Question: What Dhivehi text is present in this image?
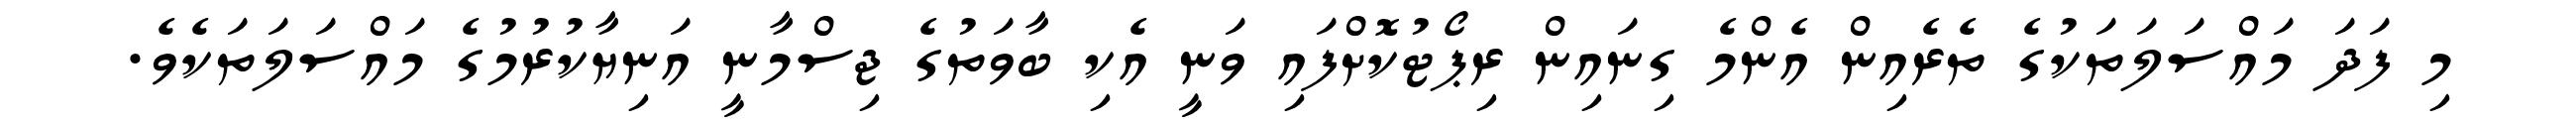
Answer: މި ފަދަ މައްސަލަތަކުގެ ތެރެއިން އެންމެ ގިނައިން ރިޕޯޓުކޮށްފައި ވަނީ އެކި ބާވަތުގެ ޖިސްމާނީ އަނިޔާކުރުމުގެ މައްސަލަތަކެވެ.